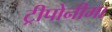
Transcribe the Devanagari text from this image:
ट्रीपोनीमा